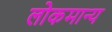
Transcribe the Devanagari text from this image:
लोकमान्‍य